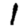
Digit: 1